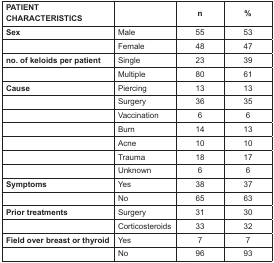
<table><thead><tr><td><b>PATIENT CHARACTERISTICS</b></td><td></td><td><b>n</b></td><td><b>%</b></td></tr></thead><tbody><tr><td><b>Sex</b></td><td>Male</td><td>55</td><td>53</td></tr><tr><td></td><td>Female</td><td>48</td><td>47</td></tr><tr><td><b>no. of keloids per patient</b></td><td>Single</td><td>23</td><td>39</td></tr><tr><td></td><td>Multiple</td><td>80</td><td>61</td></tr><tr><td><b>Cause</b></td><td>Piercing</td><td>13</td><td>13</td></tr><tr><td></td><td>Surgery</td><td>36</td><td>35</td></tr><tr><td></td><td>Vaccination</td><td>6</td><td>6</td></tr><tr><td></td><td>Burn</td><td>14</td><td>13</td></tr><tr><td></td><td>Acne</td><td>10</td><td>10</td></tr><tr><td></td><td>Trauma</td><td>18</td><td>17</td></tr><tr><td></td><td>Unknown</td><td>6</td><td>6</td></tr><tr><td><b>Symptoms</b></td><td>Yes</td><td>38</td><td>37</td></tr><tr><td></td><td>No</td><td>65</td><td>63</td></tr><tr><td><b>Prior treatments</b></td><td>Surgery</td><td>31</td><td>30</td></tr><tr><td></td><td>Corticosteroids</td><td>33</td><td>32</td></tr><tr><td><b>Field over breast or thyroid</b></td><td>Yes</td><td>7</td><td>7</td></tr><tr><td></td><td>No</td><td>96</td><td>93</td></tr></tbody></table>